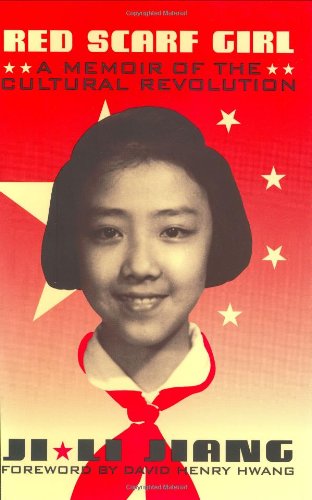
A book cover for Red Scarf Girl: A Memoir of the Cultural Revolution; Ji-li Jiang; Biographies & Memoirs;